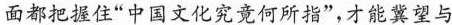
面都把握住“中国文化究竟何所指”，才能冀望与